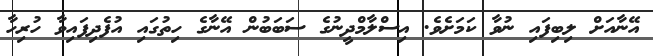
އޭނާއަށް ލިބިފައި ނުވާ ކަމަށެވެ. އިސްލާމްދީނުގެ ސަބަބުން އޭނާގެ ހިތުގައި އުފެދިފައިވާ ހުރިހާ